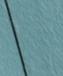
Signature authenticity: forged